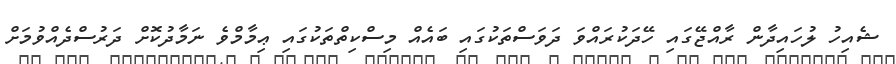
ޝެއިހު ލުހައިދާން ރާއްޖޭގައި ހޭދަކުރައްވަ ދަވަސްތަކުގައި ބައެއް މިސްކިތްތަކުގައި ޢިމާމްވެ ނަމާދުކޮށް ދަރުސްދެއްވުމަށް